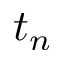
t _ { n }